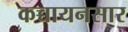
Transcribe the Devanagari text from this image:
कच्चायनसार